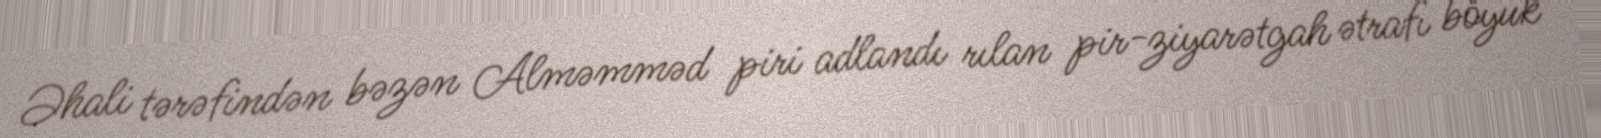
Əhali tərəfindən bəzən Alməmməd piri adlandı rılan pir-ziyarətgah ətrafı böyük